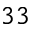
3 3